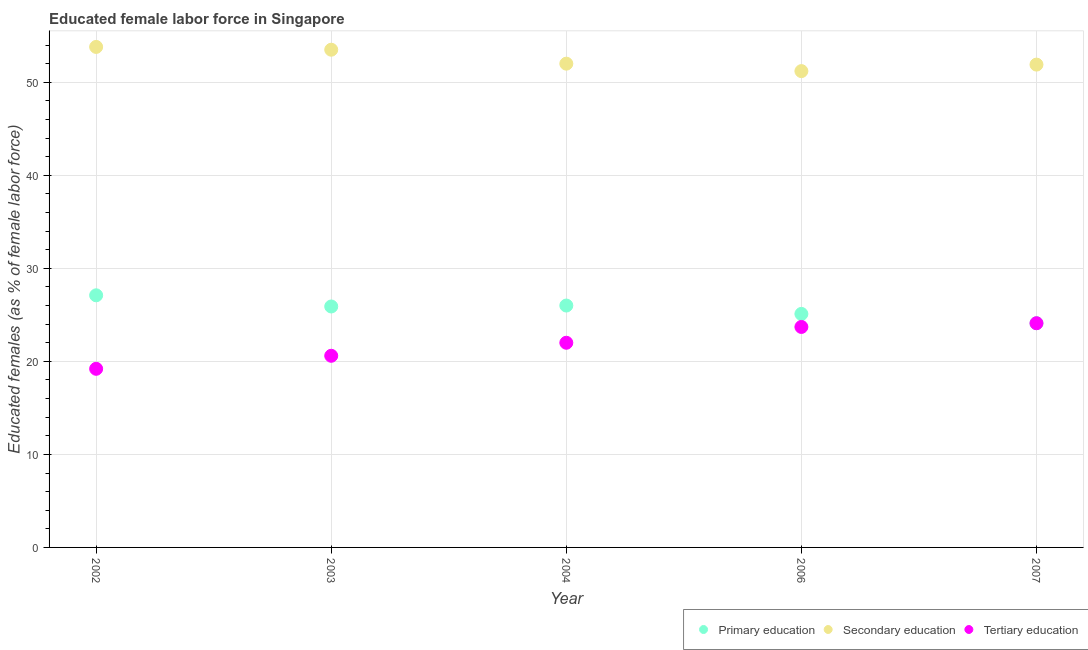
| Year | Primary education | Secondary education | Tertiary education |
 | --- | --- | --- | --- |
 | 2002 | 27.1 | 53.8 | 19.2 |
 | 2003 | 25.9 | 53.5 | 20.6 |
 | 2004 | 26 | 52 | 22 |
 | 2006 | 25.1 | 51.2 | 23.7 |
 | 2007 | 24.1 | 51.9 | 24.1 |